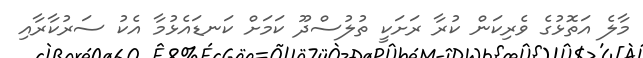
މާލެ އަތޮޅުގެ ވެރިކަން ކުރާ ރަށަކީ ތުލުސްދޫ ކަމަށް ކަނޑައެޅުމާ އެކު ސަރުކާރާއި